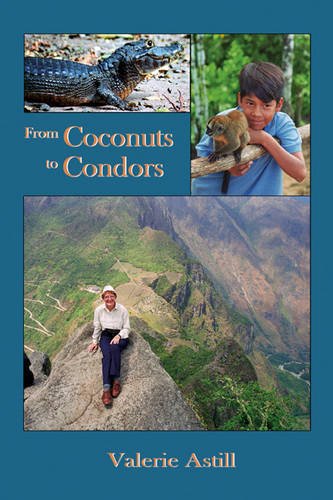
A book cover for From Coconuts to Condors; Valerie Astill; Travel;